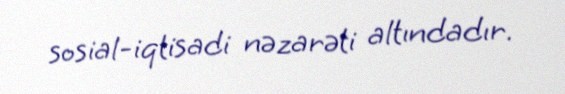
sosial-iqtisadi nəzarəti altındadır.